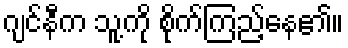
ဂျင်နီက သူ့ကို စိုက်ကြည့်နေ၏။